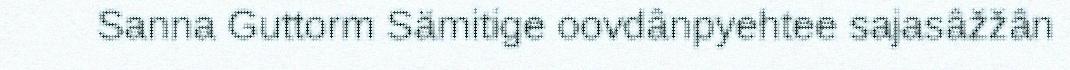
Sanna Guttorm Sämitige oovdânpyehtee sajasâžžân